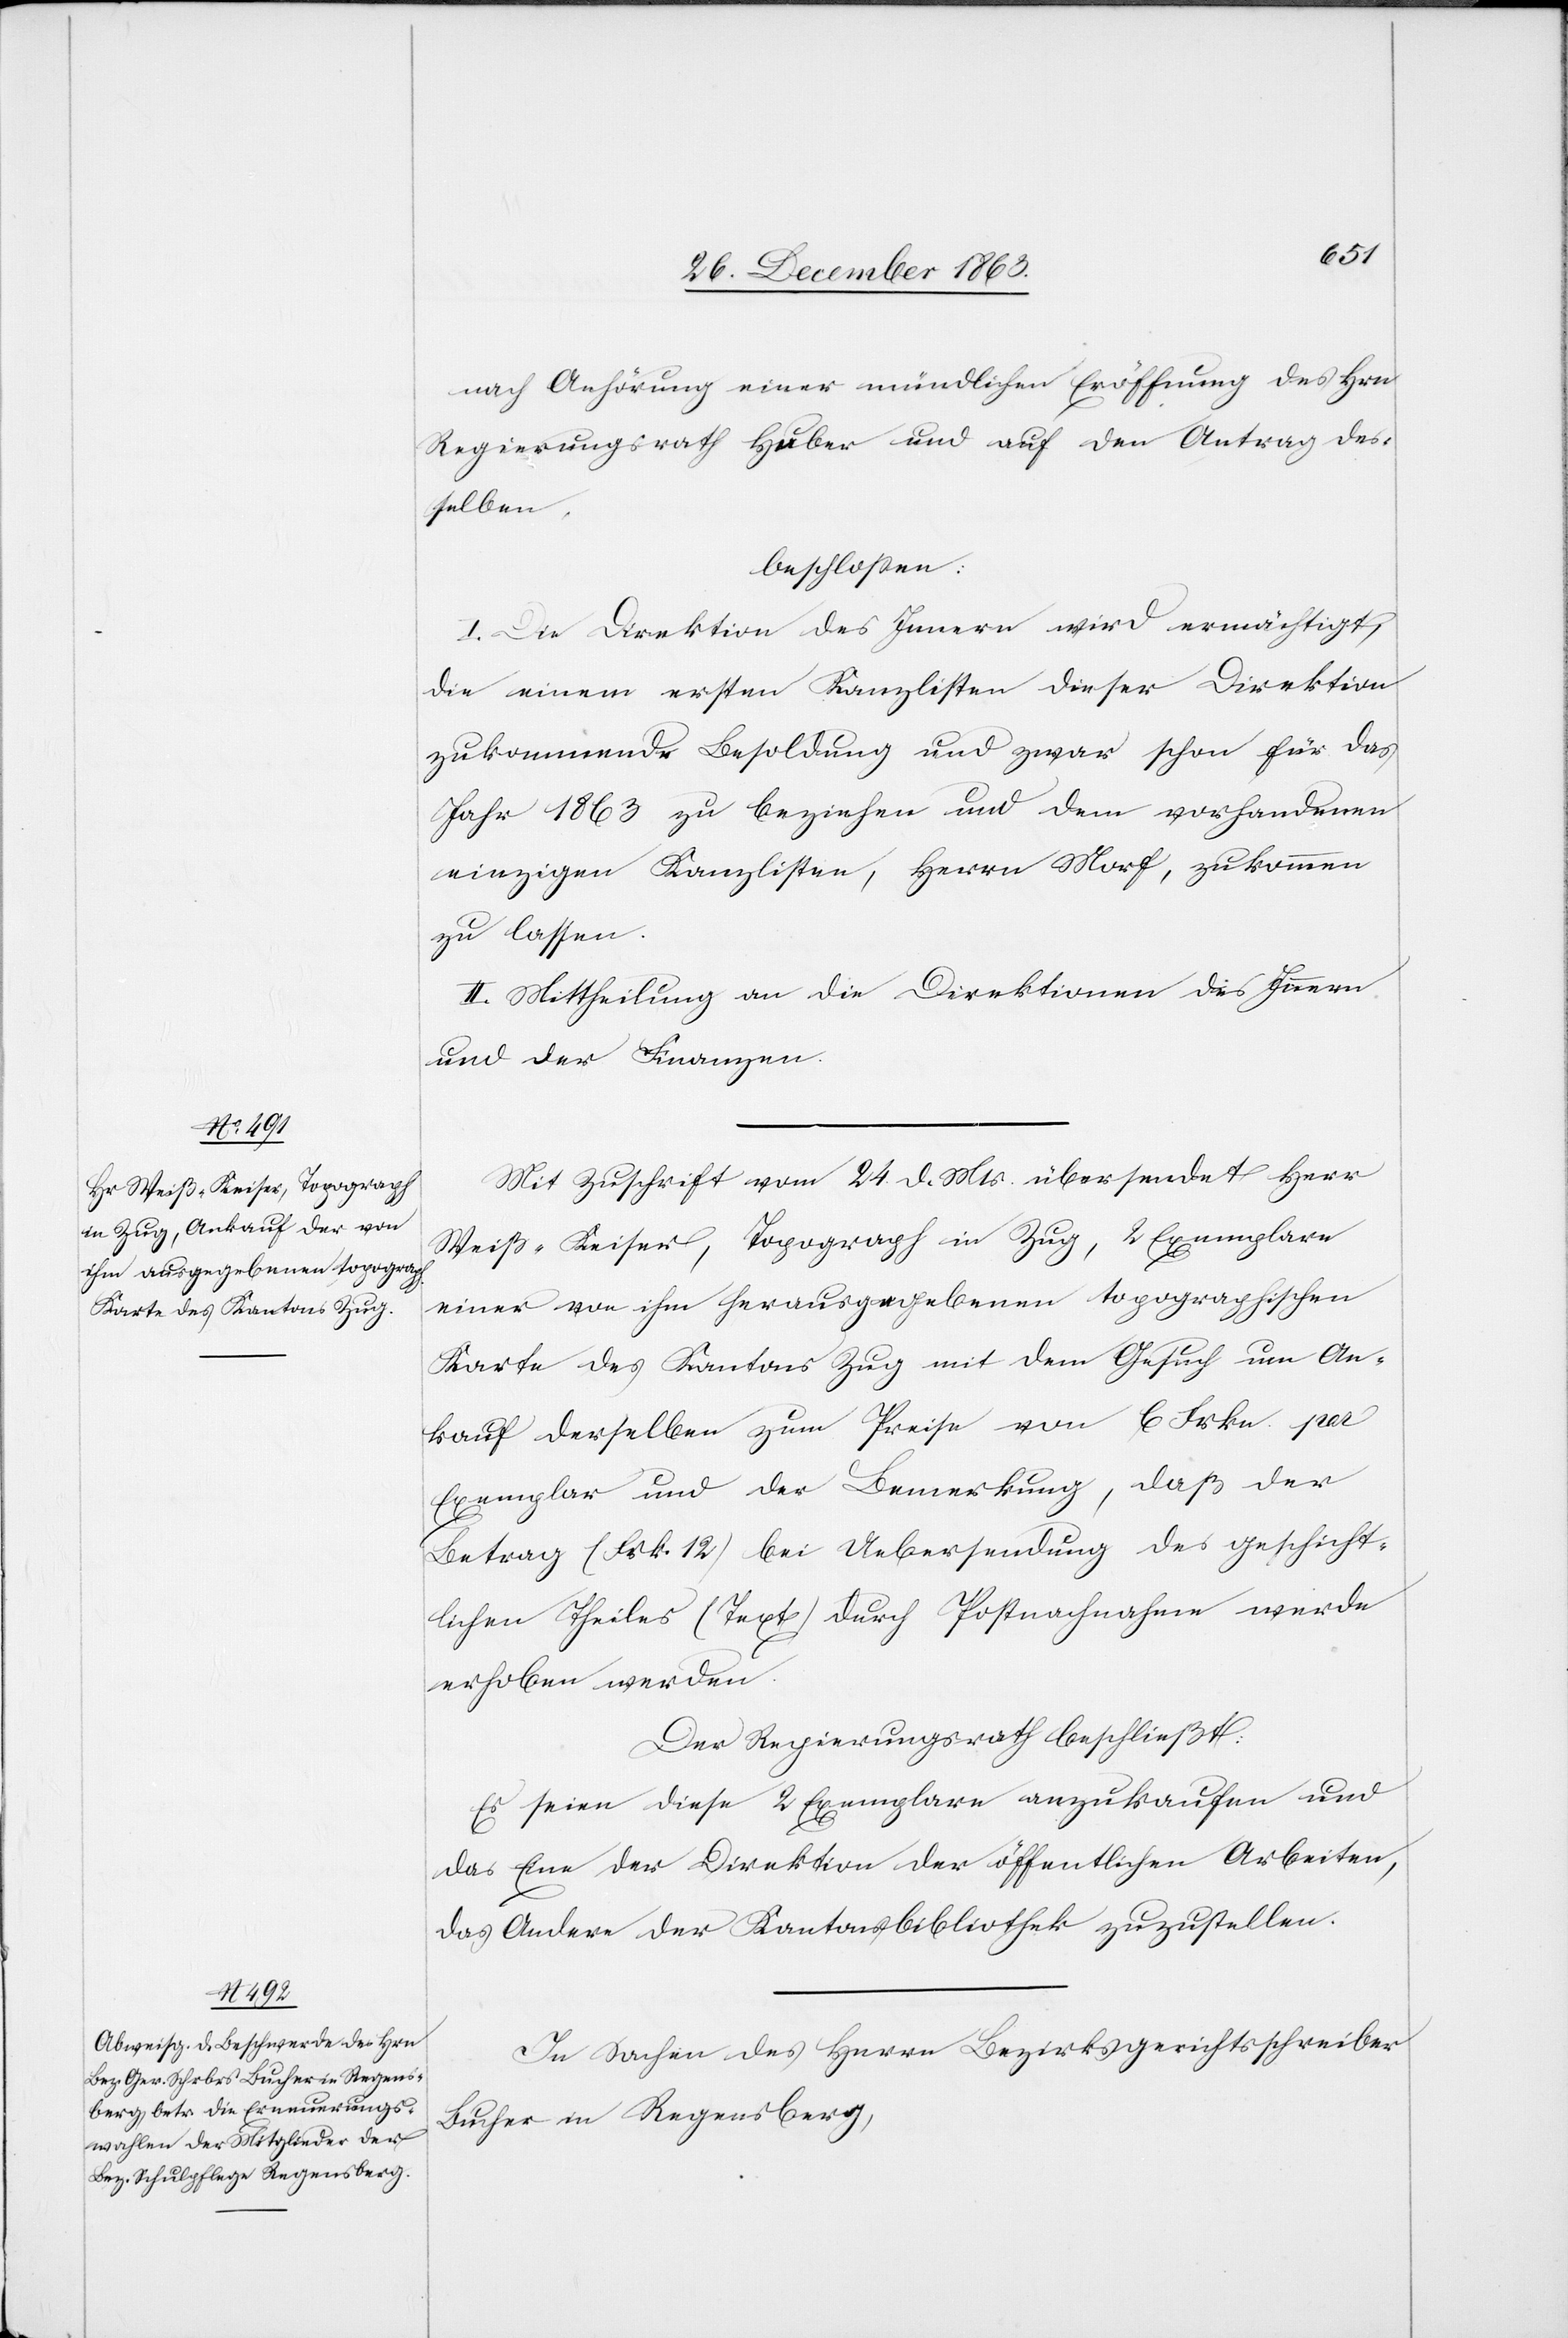
nach Anhörung einer mündlichen Eröffnung des Hrn
Regierungsrath Huber und auf den Antrag des¬
selben,
beschlossen:
I. Die Direktion des Innern wird ermächtigt,
die einem ersten Kanzlisten dieser Direktion
zukommende Besoldung und zwar schon für das
Jahr 1863 zu beziehen und dem vorhandenen
einzigen Kanzlisten, Herrn Morf, zukommen
zu lassen.
II. Mittheilung an die Direktionen des Innern
und der Finanzen.
Mit Zuschrift vom 24. d. Mts. übersendet Herr
Weiß-Keiser, Topograph in Zug, 2 Exemplare
einer von ihm herausgegebenen topographischen
Karte des Kantons Zug mit dem Gesuch um An¬
kauf derselben zum Preise von 6 Frkn. per
Exemplar und der Bemerkung, daß der
Betrag (Frk. 12) bei Uebersendung des geschicht¬
lichen Theiles (Text) durch Postnachnahme werde
erhoben werden.
Der Regierungsrath beschließt:
Es seien diese 2 Exemplare anzukaufen und
das Eine der Direktion der öffentlichen Arbeiten,
das Andere der Kantonsbibliothek zuzustellen.
In Sachen des Herrn Bezirksgerichtsschreiber
Bucher in Regensberg,